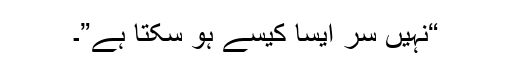
“نہیں سر ایسا کیسے ہو سکتا ہے”۔